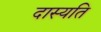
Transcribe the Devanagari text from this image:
दास्यति